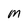
Character: M